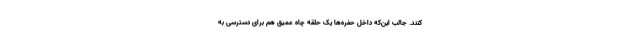
کنند. جالب این‌که داخل حفره‌ها یک حلقه چاه عمیق هم برای دسترسی به